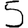
Digit: 5